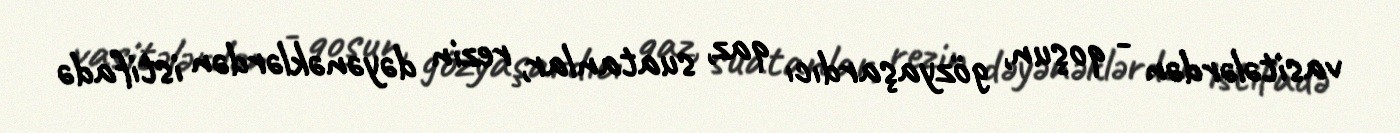
vasitələrdən - qoşun, gözyaşardıcı qaz, suatanlar, rezin dəyənəklərdən istifadə